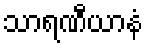
သာရဏီယာနံ